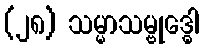
(၂၈) သမ္မာသမ္ဗုဒ္ဓေါ